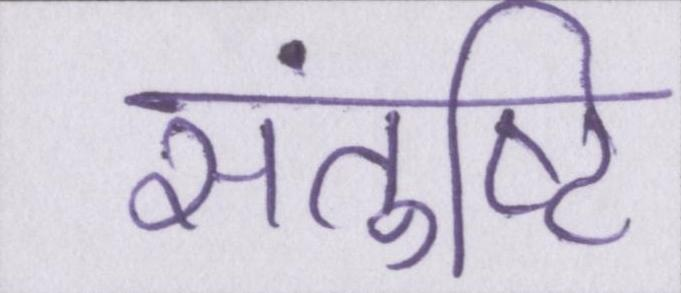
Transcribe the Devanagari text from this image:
संतुष्टि